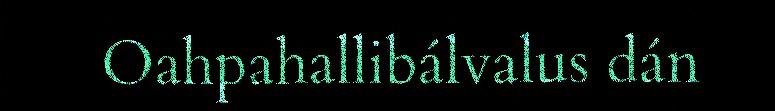
Oahpahallibálvalus dán